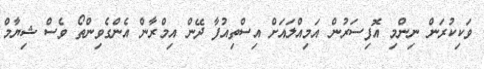
ވަކިކުރަން ނިންމި އޮފިސަރުން އަމިއްލައަށް އިސްތިއުފާ ދޭން އިމްރާން އެންގެވިންތޯ ވެސް ޝިޔާމް